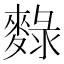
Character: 𪍄